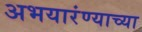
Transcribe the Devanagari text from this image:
अभयारंण्याच्या